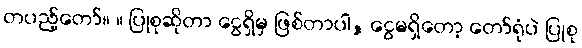
တပည့်တော်။ ။ ပြုစုဆိုတာ ငွေရှိမှ ဖြစ်တာပါ, ငွေမရှိတော့ တော်ရုံပဲ ပြုစု